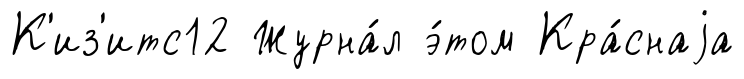
К'из'итс12 Журна́л э́том Кра́снаjа